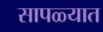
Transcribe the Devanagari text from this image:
सापळ्यात